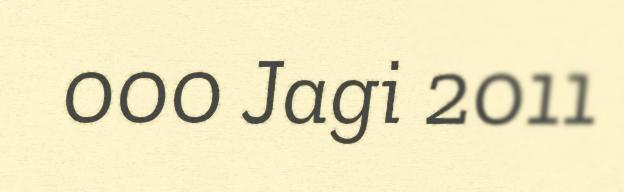
000 Jagi 2011